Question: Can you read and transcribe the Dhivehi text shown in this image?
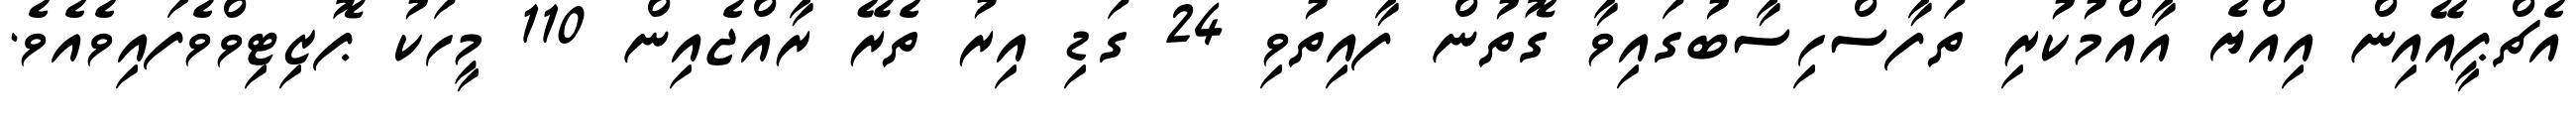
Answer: އެޗްޕީއޭއިން އިއްޔެ އާއްމުކުރި ތަފާސްހިސާބުގައިވާ ގޮތުން ފާއިތުވި 24 ގަޑި އިރު ތެރޭ ރާއްޖެއިން 110 މީހަކު ޕޮޒިޓިވްވެފައިވެއެވެ.